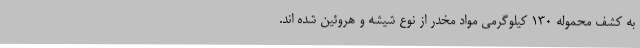
به کشف محموله ۱۳٠ کیلوگرمی مواد مخدر از نوع شیشه و هروئین شده اند.